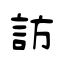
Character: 訪